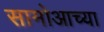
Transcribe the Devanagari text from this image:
सामोआच्या